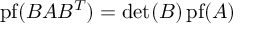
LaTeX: \operatorname { p f } ( B A B ^ { T } ) = \det ( B ) \operatorname { p f } ( A )